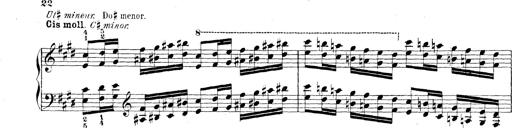
Title: Technische Studien
Composer: Franz Liszt